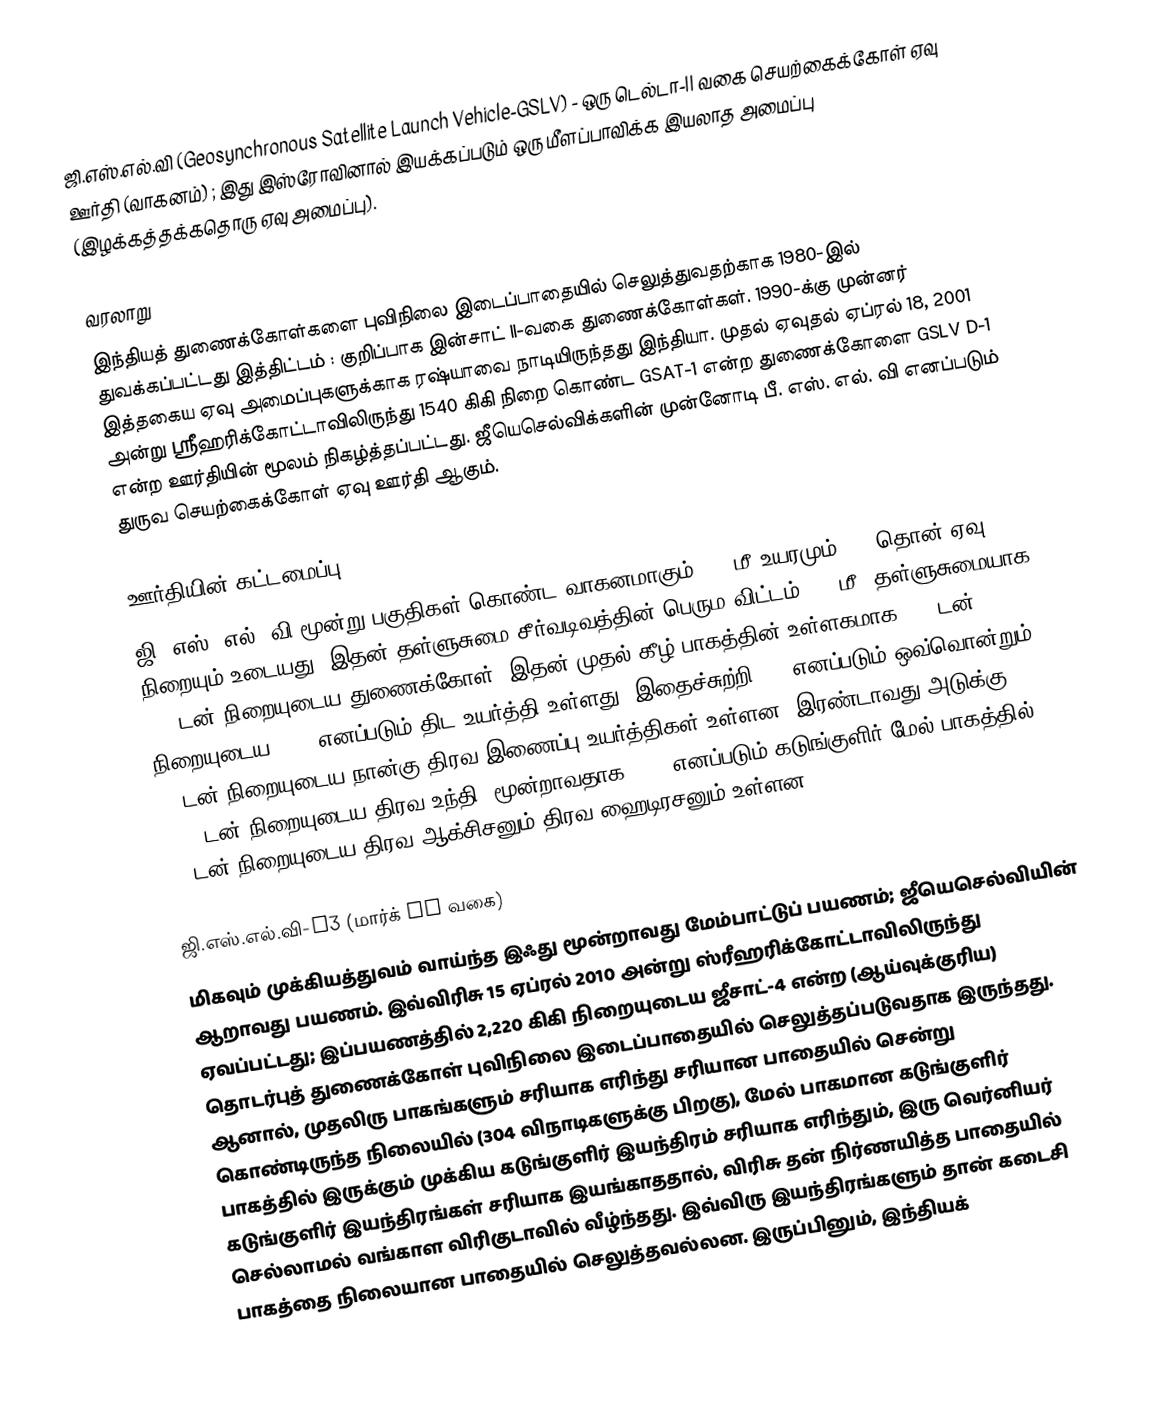
ஜி.எஸ்.எல்.வி (Geosynchronous Satellite Launch Vehicle-GSLV) - ஒரு டெல்டா-II வகை செயற்கைக்கோள் ஏவு ஊர்தி (வாகனம்) ; இது இஸ்ரோவினால் இயக்கப்படும் ஒரு மீளப்பாவிக்க இயலாத அமைப்பு (இழக்கத்தக்கதொரு ஏவு அமைப்பு).

வரலாறு
இந்தியத் துணைக்கோள்களை புவிநிலை இடைப்பாதையில் செலுத்துவதற்காக 1980-இல்  துவக்கப்பட்டது இத்திட்டம் :  குறிப்பாக இன்சாட் II-வகை துணைக்கோள்கள். 1990-க்கு முன்னர் இத்தகைய  ஏவு அமைப்புகளுக்காக ரஷ்யாவை நாடியிருந்தது இந்தியா. முதல் ஏவுதல் ஏப்ரல் 18, 2001  அன்று ஸ்ரீஹரிக்கோட்டாவிலிருந்து 1540 கிகி நிறை கொண்ட GSAT-1 என்ற  துணைக்கோளை GSLV D-1 என்ற ஊர்தியின் மூலம் நிகழ்த்தப்பட்டது. ஜீயெசெல்விக்களின் முன்னோடி பீ. எஸ். எல். வி எனப்படும் துருவ செயற்கைக்கோள் ஏவு ஊர்தி ஆகும்.

ஊர்தியின் கட்டமைப்பு
ஜி. எஸ். எல். வி மூன்று பகுதிகள் கொண்ட வாகனமாகும். 49 மீ உயரமும் 414 தொன் ஏவு நிறையும் உடையது; இதன் தள்ளுசுமை-சீர்வடிவத்தின் பெரும விட்டம் 3.4 மீ. தள்ளுசுமையாக 2.5 டன் நிறையுடைய துணைக்கோள். இதன் முதல்/கீழ் பாகத்தின் உள்ளகமாக 129 டன் நிறையுடைய S125 எனப்படும் திட உயர்த்தி உள்ளது; இதைச்சுற்றி L40 எனப்படும் ஒவ்வொன்றும் 40 டன் நிறையுடைய நான்கு திரவ இணைப்பு-உயர்த்திகள் உள்ளன. இரண்டாவது அடுக்கு: 37.5 டன் நிறையுடைய திரவ உந்தி; மூன்றாவதாக, GS3 எனப்படும் கடுங்குளிர் மேல் பாகத்தில் 12 டன் நிறையுடைய திரவ ஆக்சிசனும் திரவ ஹைடிரசனும் உள்ளன.

ஜி.எஸ்.எல்.வி-D3 (மார்க் II வகை)
மிகவும் முக்கியத்துவம் வாய்ந்த இஃது மூன்றாவது மேம்பாட்டுப் பயணம்; ஜீயெசெல்வியின் ஆறாவது பயணம். இவ்விரிசு 15 ஏப்ரல் 2010 அன்று ஸ்ரீஹரிக்கோட்டாவிலிருந்து ஏவப்பட்டது;  இப்பயணத்தில் 2,220 கிகி நிறையுடைய ஜீசாட்-4 என்ற (ஆய்வுக்குரிய) தொடர்புத் துணைக்கோள் புவிநிலை இடைப்பாதையில் செலுத்தப்படுவதாக இருந்தது. ஆனால், முதலிரு பாகங்களும் சரியாக எரிந்து சரியான பாதையில் சென்று கொண்டிருந்த நிலையில் (304 விநாடிகளுக்கு பிறகு), மேல் பாகமான கடுங்குளிர் பாகத்தில் இருக்கும் முக்கிய கடுங்குளிர் இயந்திரம் சரியாக எரிந்தும், இரு வெர்னியர் கடுங்குளிர் இயந்திரங்கள் சரியாக இயங்காததால், விரிசு தன் நிர்ணயித்த பாதையில் செல்லாமல் வங்காள விரிகுடாவில் வீழ்ந்தது. இவ்விரு இயந்திரங்களும் தான் கடைசி பாகத்தை நிலையான பாதையில் செலுத்தவல்லன. இருப்பினும், இந்தியக்